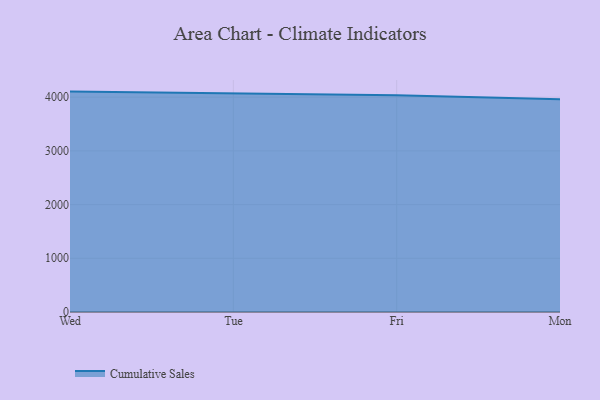
{"axis": {"x": "Day", "y": "Temperature (°C)"}, "legend": ["Cumulative Sales"], "data": [{"x": "Wed", "y": 4103.7, "type": "Cumulative Sales"}, {"x": "Tue", "y": 4066.4, "type": "Cumulative Sales"}, {"x": "Fri", "y": 4035.7, "type": "Cumulative Sales"}, {"x": "Mon", "y": 3959.2, "type": "Cumulative Sales"}]}